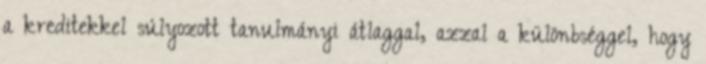
a kreditekkel súlyozott tanulmányi átlaggal, azzal a különbséggel, hogy